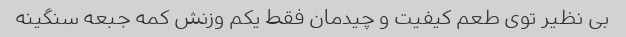
بی نظیر توی طعم کیفیت و چیدمان فقط یکم وزنش کمه جبعه سنگینه